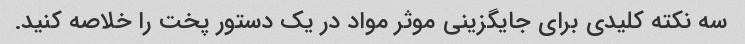
سه نکته کلیدی برای جایگزینی موثر مواد در یک دستور پخت را خلاصه کنید.